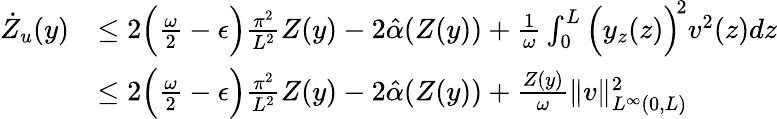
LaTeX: \begin{array}{rl}{\dot{Z}_{u}(y)}&{\leq 2\Big(\frac{\omega}{2}-\epsilon\Big)\frac{\pi^{2}}{L^{2}}Z(y)-2\hat{\alpha}(Z(y))+\frac{1}{\omega}\int_{0}^{L}\Big(y_{z}(z)\Big)^{\! 2}v^{2}(z)dz}\\ &{\leq 2\Big(\frac{\omega}{2}-\epsilon\Big)\frac{\pi^{2}}{L^{2}}Z(y)-2\hat{\alpha}(Z(y))+\frac{Z(y)}{\omega}\| v\| _{L^{\infty}(0,L)}^{2}}\end{array}